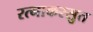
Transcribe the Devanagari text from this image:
रत्नाकरसुत